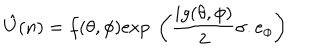
\hat { U } ( n ) = f ( \theta , \phi ) \mathrm { e x p } \ \left( \frac { i g ( \theta , \phi ) } { 2 } \sigma . e _ { \phi } \right)